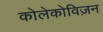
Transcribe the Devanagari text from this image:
कोलेकोविज़न